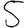
Digit: 5